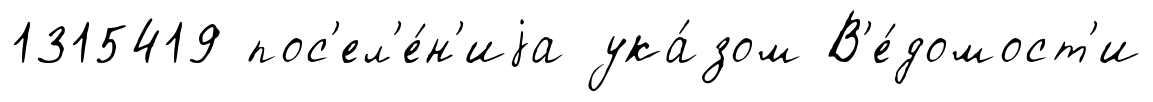
1315419 пос'ел'е́н'иjа ука́зом В'е́домост'и